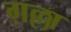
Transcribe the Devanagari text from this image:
ग़ल्ला